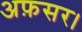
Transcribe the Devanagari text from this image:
अफ़सर।